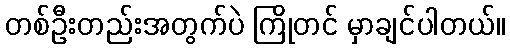
တစ်ဦးတည်းအတွက်ပဲ ကြိုတင် မှာချင်ပါတယ်။